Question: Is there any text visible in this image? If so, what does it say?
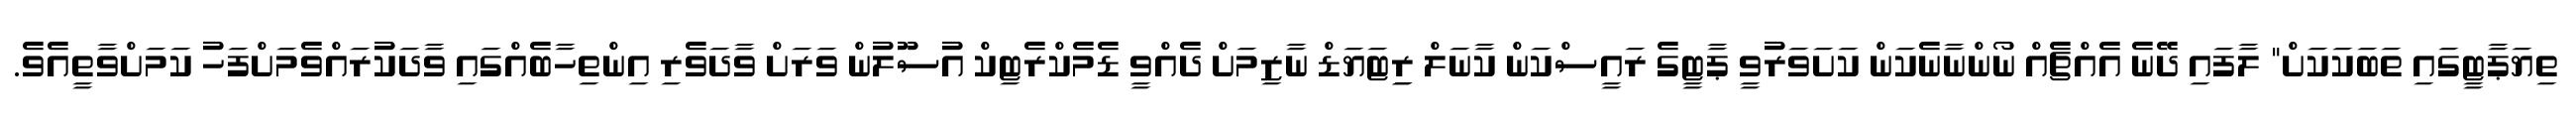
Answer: ތިޔަޕާޓީގައި ތަބަކަކަށް" ލާފައި ދޭނެ އެއްޗެއް ނޯންނާނެކަން ކަށަވަރުވީ ޕާޓީގެ ރައީސްކަން ކާނަލް ރިިޓަޔަޑް ނާޒިމަށް ދެއްވީ ޑެމެކްރެޓިކް އުސޫލުން ވަރަށް ވާދަވެރި އިންތިހާބެއްގައި ވާދަކުރައްވެމަށްފަހު ކަމަށްވާތީއެވެ.